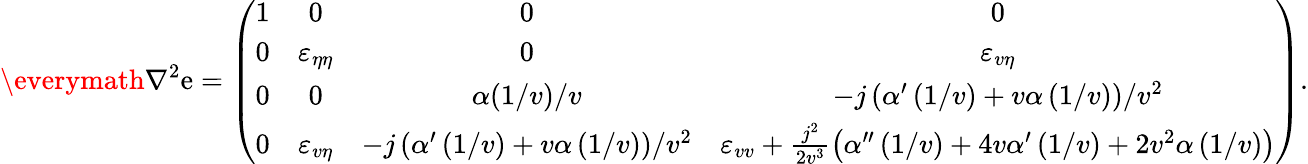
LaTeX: \everymath{\displaystyle}\nabla^{2}\mathrm{e}=\left(\begin{array}{cccc}{1}&{0}&{0}&{0}\\ {0}&{\varepsilon_{\eta\eta}}&{0}&{\varepsilon_{v\eta}}\\ {0}&{0}&{\alpha(1/v)/v}&{-j\left(\alpha^{\prime}\left(1/v\right)+v\alpha\left(1/v\right)\right)/v^{2}}\\ {0}&{\varepsilon_{v\eta}}&{-j\left(\alpha^{\prime}\left(1/v\right)+v\alpha\left(1/v\right)\right)/v^{2}}&{\varepsilon_{vv}+\frac{j^{2}}{2v^{3}}\left(\alpha^{\prime\prime}\left(1/v\right)+4v\alpha^{\prime}\left(1/v\right)+2v^{2}\alpha\left(1/v\right)\right)}\end{array}\right).